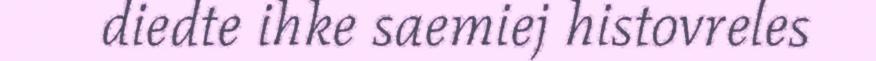
diedte ihke saemiej histovreles